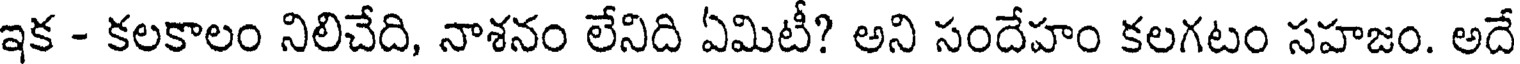
ఇక - కలకాలం నిలిచేది, నాశనం లేనిది ఏమిటీ? అని సందేహం కలగటం సహజం. అదే